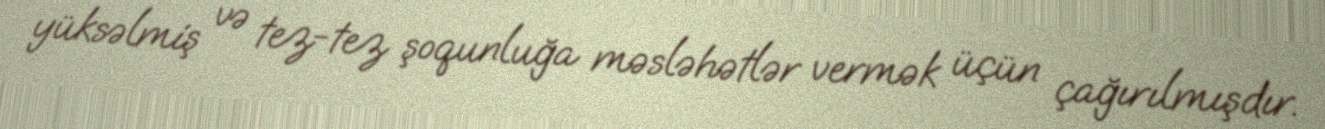
yüksəlmiş və tez-tez şoqunluğa məsləhətlər vermək üçün çağırılmışdır.